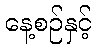
နေ့စဉ်နှင့်